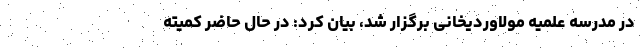
در مدرسه علمیه مولاوردیخانی برگزار شد، بیان کرد: در حال حاضر کمیته